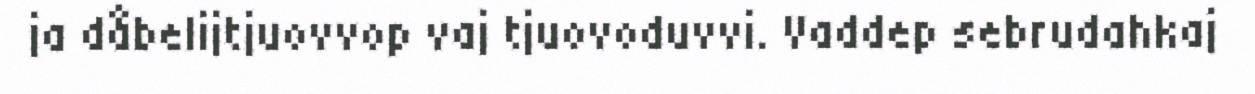
ja dåbelijtjuovvop vaj tjuovoduvvi. Vaddep sebrudahkaj